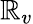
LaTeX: \mathbb{R}_{v}